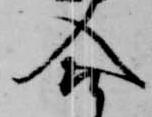
合